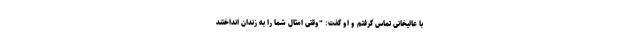
با عالیخانی تماس گرفتم و او گفت: "وقتی امثال شما را به زندان انداختند